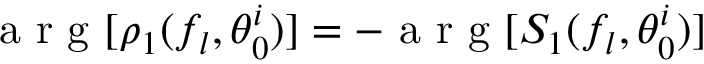
\mathrm { ~ a ~ r ~ g ~ } [ \rho _ { 1 } ( f _ { l } , \theta _ { 0 } ^ { i } ) ] = - \mathrm { ~ a ~ r ~ g ~ } [ S _ { 1 } ( f _ { l } , \theta _ { 0 } ^ { i } ) ]